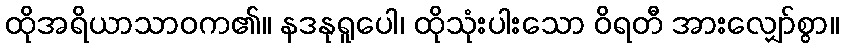
ထိုအရိယာသာဝက၏။ နဒနုရူပေါ၊ ထိုသုံးပါးသော ဝိရတီ အားလျှော်စွာ။